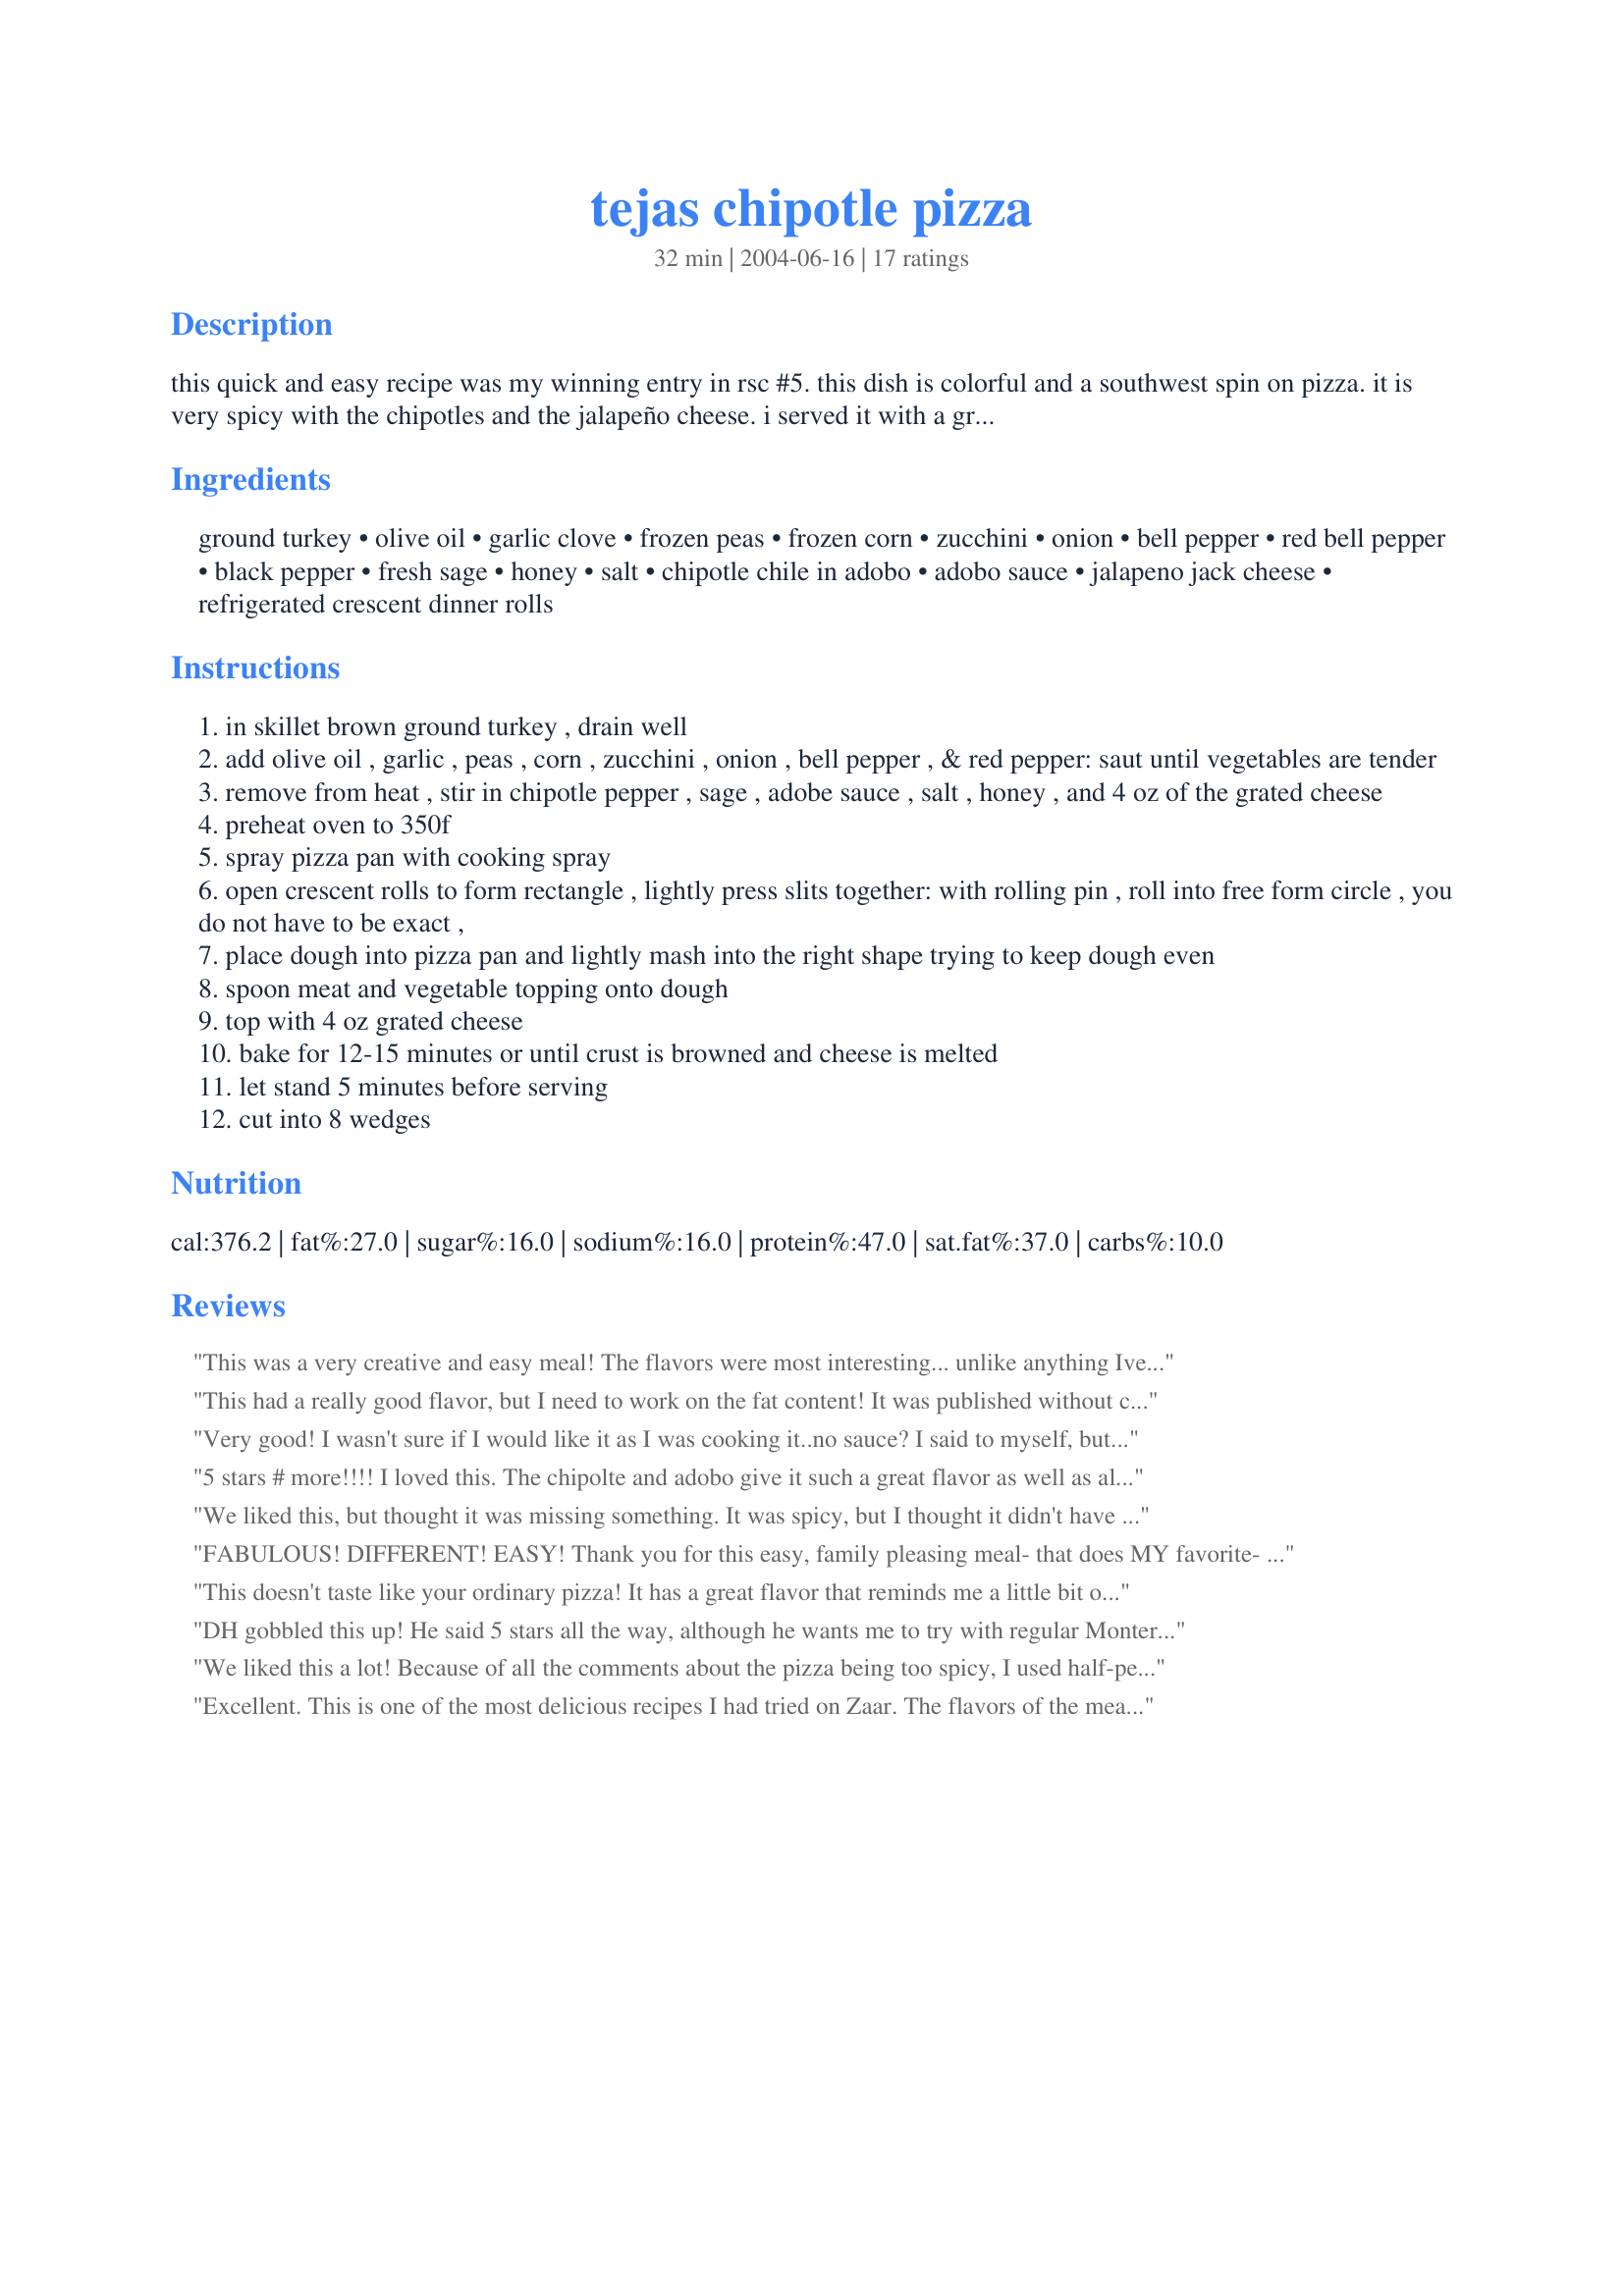
tejas chipotle pizza
Preparation time: 32 minutes

this quick and easy recipe was my winning entry in rsc #5. this dish is colorful and a southwest spin on pizza. it is very spicy with the chipotles and the jalapeño cheese. i served it with a green salad and simple dessert. update: since several reviewers were having trouble with the crust, i tried this again & agree that two cans of crescent rolls would be an improvement in order to not stretch the dough so thin. i have also made this on a pizza crust & into quesadillas and liked those options too. i hope you enjoy my spicy creation!

Ingredients:
ground turkey, olive oil, garlic clove, frozen peas, frozen corn, zucchini, onion, bell pepper, red bell pepper, black pepper, fresh sage, honey, salt, chipotle chile in adobo, adobo sauce, jalapeno jack cheese, refrigerated crescent dinner rolls

Steps:
in skillet brown ground turkey , drain well
add olive oil , garlic , peas , corn , zucchini , onion , bell pepper , & red pepper: saut until vegetables are tender
remove from heat , stir in chipotle pepper , sage , adobe sauce , salt , honey , and 4 oz of the grated cheese
preheat oven to 350f
spray pizza pan with cooking spray
open crescent rolls to form rectangle , lightly press slits together: with rolling pin , roll into free form circle , you do not have to be exact ,
place dough into pizza pan and lightly mash into the right shape trying to keep dough even
spoon meat and vegetable topping onto dough
top with 4 oz grated cheese
bake for 12-15 minutes or until crust is browned and cheese is melted
let stand 5 minutes before serving
cut into 8 wedges

Reviews:
This was a very creative and easy meal! The flavors were most interesting... unlike anything Ive had before. The use of crecent rolls to make the dough was very interesting. Thanks for the recipe!
This had a really good flavor, but I need to work on the fat content! It was published without calculating the nutritional values of the ground turkey and cheese. I kept the ground turkey, but subbed 5 ounces of lowfat mozzarella for the pepperjack cheese, and still came up with 10g total fat (4g saturated)not including the crust (I made a whole wheat crust that added 4 g total fat, .5 saturated, per serving). But the flavors were wonderful and this recipe is deserving of another, lower fat, chance.
Very good! I wasn't sure if I would like it as I was cooking it..no sauce? I said to myself, but was pleasantly surprised. I made a few adjustments..I didnt have red peppers so I used yellow, and I used regular Jack cheese without peppers, because I thought with the chipotles it might be a little too hot, but I think it would have been fine if you like spicy food. For those with a low tolerance for heat, I would use the regular cheese, as it still had a bit of spice to it. I was unsure if I should have mixed the turkey with the veg mixture or not, but I did prior to topping the dough. I also thought that using the crescent dough would be too rich, but without sauce I think the richness of the dough added to it. Very creative and glad I tried it.
5 stars # more!!!!
I loved this. The chipolte and adobo give it such a great flavor as well as all the vegies. I used a refrigerated pizza dough and it came out just fine. Yummm is all I can say :)
Made for PAC Spring '09
We liked this, but thought it was missing something. It was spicy, but I thought it didn't have a ton of flavor. To me, it needed something else. We may try to tweak it a little and try again! Thanks for the recipe.
FABULOUS! DIFFERENT! EASY! Thank you for this easy, family pleasing meal- that does MY favorite- sneak VEGGIES into my family- hehehehe... I did not use the peas- sorry- I am sure they are fabulous here BUT my family HATES peas- I LOVE THEM... However, if they see a pea near their food it means IMMEDIATE rejection of everything on the table. lol... I had a horrible day yesterday- one of those Murphy's law days which reached a climax AFTER I minced everything, sauteed them, prepared the crust... and opened a BRAND NEW pkg of pepper jack cheese purchased days earlier to find it moldy and smelly... AAAAHHHHHHH- the closest store is 30 minutes away (1 hr round trip) and already an hour later than we normally eat supper- picture eyes boring into me and repeated ?s of "MAMA! WHEN do we eat????" so I had no choice but to use what I had on hand- which was a combo of smoked and regular cheddar. I WILL make this again- prob AFTER the tour tho- with the proper cheese. I am sure it is even better that way! I did also use pizza crust option which worked perfectly. Thanks for such an amazing recipe!
This doesn't taste like your ordinary pizza! It has a great flavor that reminds me a little bit of being like a meaty quesadilla, rather than tasting like a Mexican pizza. I made my pizza into a round shape on a pizza pan (I felt it was easier to shape the wedge-like dough), pinching the seams together. The meat on this is excellent, tasting less like cooked ground turkey and more like a crumbled sausage. I was suprised at the amount of flavor with so little seasonings, but the flavor of the meat and cheese really comes through without too much chipotle or sage. Thanks for posting, and good luck in the contest!
DH gobbled this up! He said 5 stars all the way, although he wants me to try with regular Monterey Jack next time because this was quite hot! I did have trouble with the crust; it was a little soggy. This may have been because I used the cheaper store brand instead of Pillsbury--I should know better by now. I might try this with pizza dough next time. Even with the problems I had, this was just wonderful. Congratulations, (?)Chef, you are so talented and creative!
We liked this a lot! Because of all the comments about the pizza being too spicy, I used half-pepperjack and half-monterey jack, and it was perfect for us. I used a Boboli prepared whole wheat pizza crust, and it held the toppings beautifully and was easy to eat with our hands. I loved the flavor blend and will definitely make this again.
Excellent. This is one of the most delicious recipes I had tried on Zaar. The flavors of the meat filling are incredibly savory and made everyone rush back for seconds - I think the combo of sage and chipotles really is the secret. Iused plain Monterey Jack cheese, as I was serving to a child as well, and really enjoyed it this way. Note: I had to leave out the zucchini this time, only because I had none in the house.
I used pillsbury pizza crust. baked on a pizza stone in the oven at 400 degrees for 20 minutes. I suggest cooling the mixture before placing it on the dough for I found the center of the crust very soft. This recipe does make a lot of topping so it`s a full meal.I didn`t have pepper jack so I added an extra chipltle. This pizza is very flavorful. If you like spice this is for you. Maybe precook the crust a bit first then top and heat.
Fantastic!!!! If I could rate this with more than 5 stars, I would. I made 2 changes. I used ground beef instead of the turkey. Reading the comments about the crust being thin, I decided to use 2 pkgs of the crescent rolls instead of one. Put them side by side on the greased pizza pan, and cut off excess around edges. Not rolling the one pkg into the circle prevented the crust from getting too thin and, as some people reported, soggy. 
Thank you for sharing this great recipe. I will be making this often.
My husband wanted a pizza and I found this one, when I went searching, We loved all the fresh ingredients, I gave my cheese to him and it was still great. Made for ZWT8.
There's a bit of heat to this pizza and DH loved it (but it was too much for me). I was only able to work the dough into a 10-11" diameter, not nearly big enough for the toppings, which ended up being heaped fairly high (and I didn't use all of it). I had to serve this with a knife and fork as there was no way to eat it like a regular pizza slice. It reminded us more of a pot pie. Next time I would use about 1/4 - 1/2 less of the topping. It took about 20-22 minutes to bake.
very good, but i liked it better with a masa crust.
We made this a second time using the cheese without the peppers as the first time around was too spicy for me. This time it wasn't spicy enough. We'll experiment some more to find the blend that is "just right" for us. We also removed the pizza onto a cooling rack for the 5 minute stand period. Really helped with the middle not being soggy. Definitely a keeper for our family!!!
Sooooo good! And wicked simple to make. I had to omit the peas, but otherwise followed the recipe. Loved the little bit of heat and flavor from the chipotle chile and used a combination of pepper jack cheese and mexican cheddar. I would cook the crescent dough for a few minutes before adding the topping next time. Made for Las Mistico Magicos Sirenas of ZWT5.
